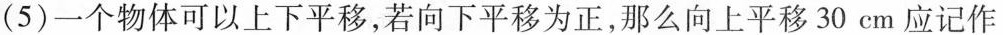
(5)一个物体可以上下平移，若向下平移为正，那么向上平移30cm应记作